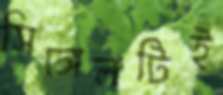
সিঙ্গেলটিই